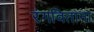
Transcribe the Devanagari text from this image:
रंगविताना